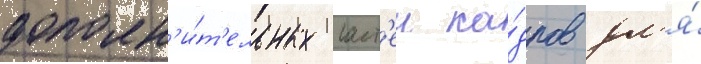
дополн'и́т'ельных част'еи ка́дров дл'я́